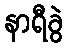
နာရီခွဲ